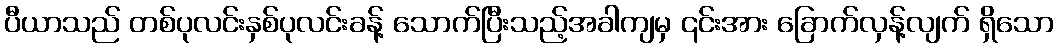
ပီယာသည် တစ်ပုလင်းနှစ်ပုလင်းခန့် သောက်ပြီးသည့်အခါကျမှ ၎င်းအား ခြောက်လှန့်လျက် ရှိသော